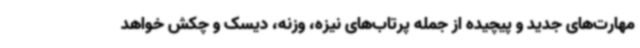
مهارت‌های جدید و پیچیده از جمله پرتاب‌های نیزه، وزنه، دیسک و چکش خواهد